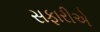
સફારીએ